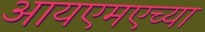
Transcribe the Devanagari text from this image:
आयएमएच्या